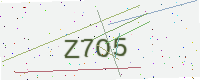
Text: Z7O5